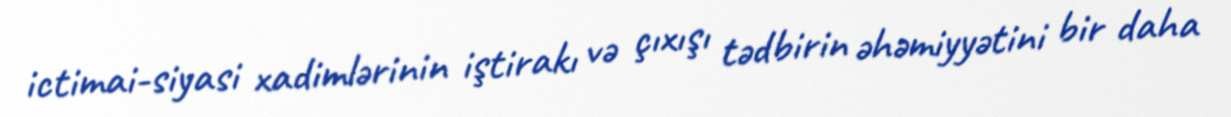
ictimai-siyasi xadimlərinin iştirakı və çıxışı tədbirin əhəmiyyətini bir daha